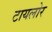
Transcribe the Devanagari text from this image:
टायलोर